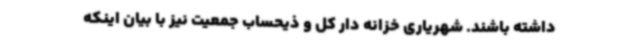
داشته باشند. شهریاری خزانه دار کل و ذیحساب جمعیت نیز با بیان اینکه